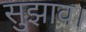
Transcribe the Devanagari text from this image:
सुझाव।